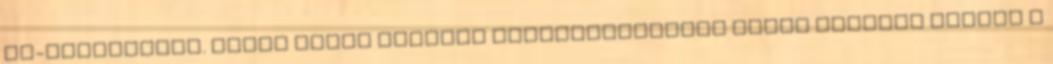
EU-tagállamot. Saját házuk tájának tisztátalansága miatt hunynak szemet a